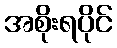
အစိုးရပိုင်